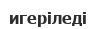
игеріледі